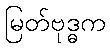
မြတ်ဗုဒ္ဓက